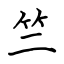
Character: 竺